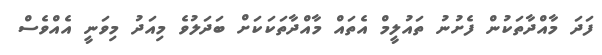
ފަދަ މާއްދާތަކުން ފެށުނު ތައުލީމް އެތައް މާއްދާތަކަކަށް ބަދަލުވެ މިއަދު މިވަނީ އެއްވެސް